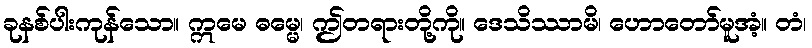
ခုနစ်ပါးကုန်သော။ ဣမေ ဓမ္မေ၊ ဤတရားတို့ကို။ ဒေသိဿာမိ၊ ဟောတော်မူအံ့။ တံ၊